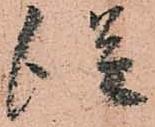
従